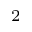
_ 2